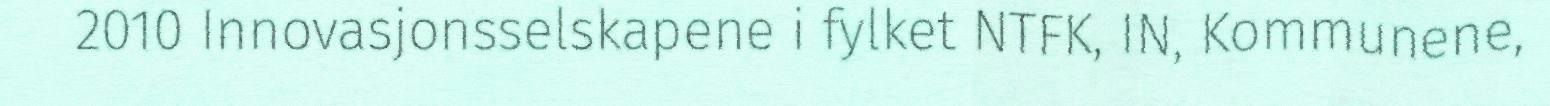
2010 Innovasjonsselskapene i fylket NTFK, IN, Kommunene,